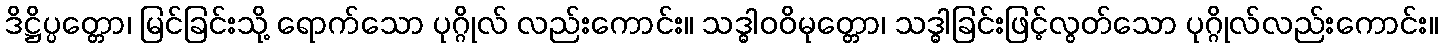
ဒိဋ္ဌိပ္ပတ္တော၊ မြင်ခြင်းသို့ ရောက်သော ပုဂ္ဂိုလ် လည်းကောင်း။ သဒ္ဓါဝဝိမုတ္တော၊ သဒ္ဓါခြင်းဖြင့်လွတ်သော ပုဂ္ဂိုလ်လည်းကောင်း။